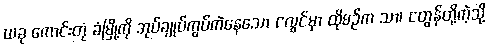
ယခု ကောင်းတုံ ခံမြို့ကို အုပ်ချုပ်ကွပ်ကဲနေသော ငလွင်မှာ ထိုစဉ်က သာ၊ ငတွန်တို့ကဲ့သို့